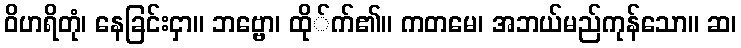
ဝိဟရိတုံ၊ နေခြင်းငှာ။ ဘဗ္ဗော၊ ထို်က်၏။ ကတမေ၊ အဘယ်မည်ကုန်သော။ ဆ၊